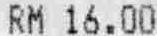
RM 16.00